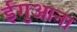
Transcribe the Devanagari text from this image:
ईगुआना